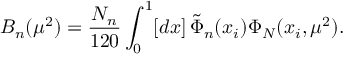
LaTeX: B _ { n } ( \mu ^ { 2 } ) = \frac { N _ { n } } { 1 2 0 } \int _ { 0 } ^ { 1 } [ d x ] \, \tilde { \Phi } _ { n } ( x _ { i } ) \Phi _ { N } ( x _ { i } , \mu ^ { 2 } ) .